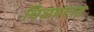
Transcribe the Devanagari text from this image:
चिञपटात